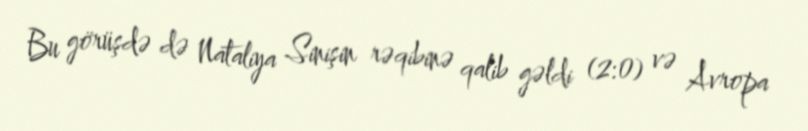
Bu görüşdə də Nataliya Sinişin rəqibinə qalib gəldi (2:0) və Avropa